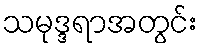
သမုဒ္ဒရာအတွင်း